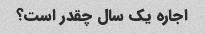
اجاره یک سال چقدر است؟